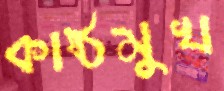
কাষ্ঠমুখ